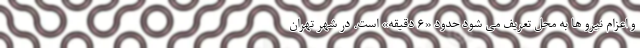
و اعزام نیرو ها به محل تعریف می شود حدود «۶ دقیقه» است. در شهر تهران